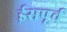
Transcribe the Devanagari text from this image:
ईसपूर्व